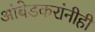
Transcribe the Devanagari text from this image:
आंबेडकरांनीही